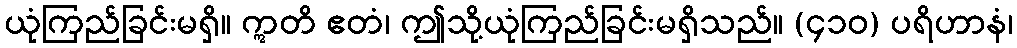
ယုံကြည်ခြင်းမရှိ။ ဣတိ ဧတံ၊ ဤသို့ယုံကြည်ခြင်းမရှိသည်။ (၄၁၀) ပရိဟာနံ၊